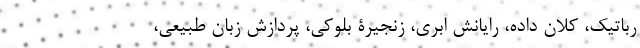
رباتیک، کلان داده، رایانش ابری، زنجیرۀ بلوکی، پردازش زبان طبیعی،